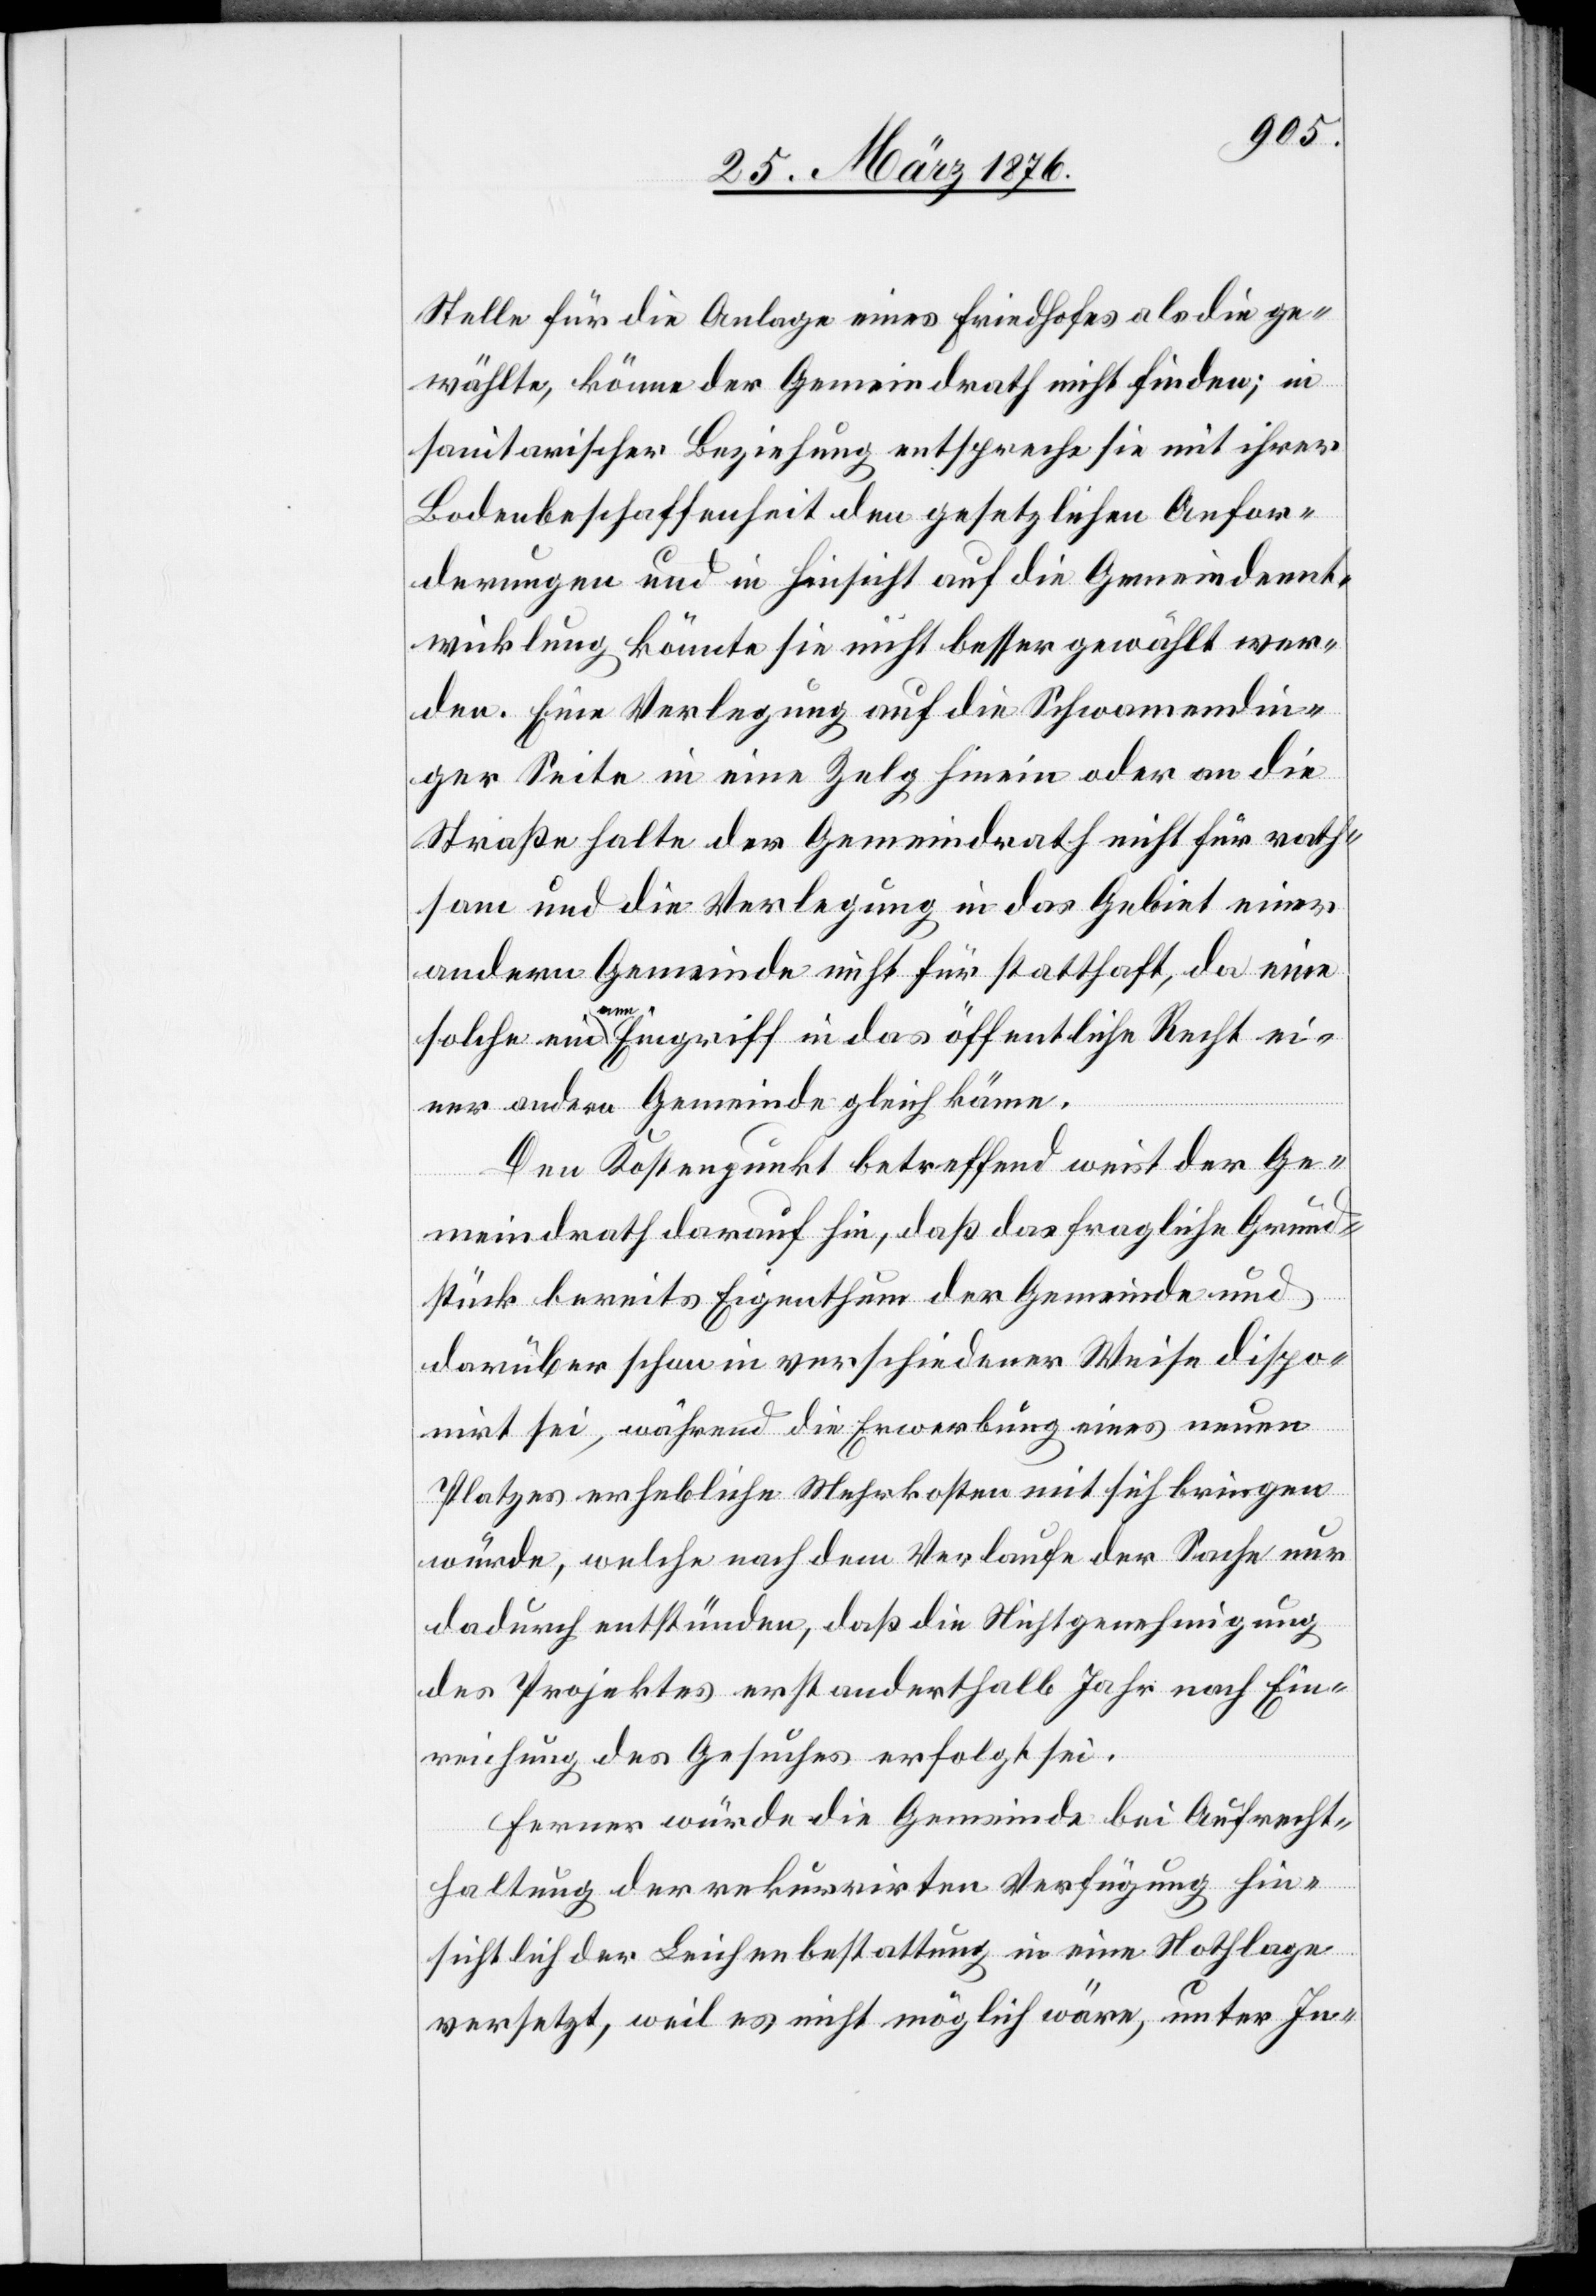
Stelle für die Anlage eines Friedhofes als die ge¬
wählte, könne der Gemeindrath nicht finden; ein
sanitarischer Beziehung entspreche sie mit ihrer
Bodenbeschaffenheit den gesetzlichen Anfor¬
derungen und in Hinsicht auf die Gemeindeent¬
wicklung könnte sie nicht besser gewählt wer¬
den. Eine Verlegung auf die Schwamendin¬
ger Seite in eine Zelg hinein oder an die
Straße halte der Gemeindrath nicht für rath¬
sam und die Verlegung in das Gebiet einer
andern Gemeinde nicht für statthaft, da eine
er¬
solche einem Eingriff in das öffentliche Recht ei¬
ner andern Gemeinde gleich käme.
Den Kostenpunkt betreffend weist der Ge¬
meindrath darauf hin, daß das fragliche Grund¬
stück bereits Eigenthum der Gemeinde und
darüber schon in verschiedener Weise dispo¬
nirt sei, während die Erwerbung eines neuen
Platzes erhebliche Mehrkosten mit sich bringen
würde, welche nach dem Verlaufe der Sache nur
dadurch entstünden, daß die Nichtgenehmigung
des Projektes erst anderthalb Jahr [sic!] nach Ein¬
reichung des Gesuches erfolgt sei.
Ferner würde die Gemeinde bei Aufrecht¬
haltung der rekurrirten Verfügung hin¬
sichtlich der Leichenbestattung in eine Nothlage
versetzt, weil es nicht möglich wäre, unter In-